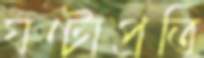
ঘণ্টাপ্রতি